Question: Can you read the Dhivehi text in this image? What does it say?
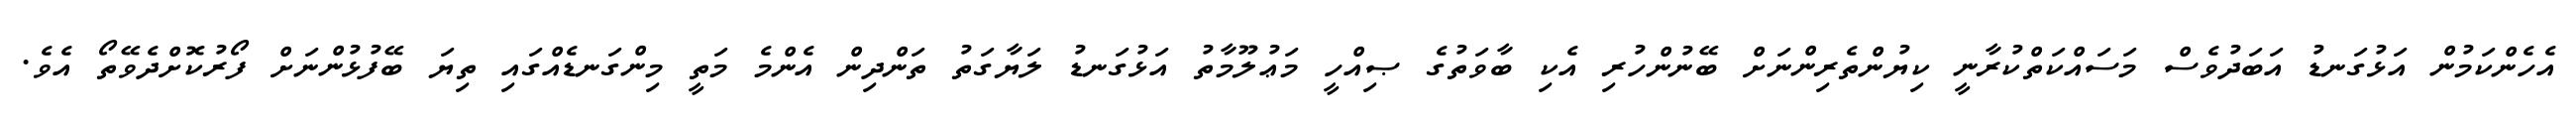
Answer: އެހެންކަމުން އަޅުގަނޑު އަބަދުވެސް މަސައްކަތްކުރާނީ ކިޔުންތެރިންނަށް ބޭނުންހުރި އެކި ބާވަތުގެ ޞިއްހީ މަޢުލޫމާތު އަޅުގަނޑު ލަޔާގަތު ތަންދިން އެންމެ މަތީ މިންގަނޑެއްގައި ތިޔަ ބޭފުޅުންނަށް ފޯރުކޮށްދެވޭތޯ އެވެ.